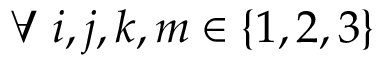
\forall ~ i , j , k , m \in \{ 1 , 2 , 3 \}